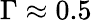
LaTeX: \Gamma\approx 0.5